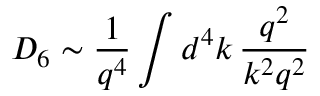
D _ { 6 } \sim \frac { 1 } { q ^ { 4 } } \int d ^ { 4 } k \, \frac { q ^ { 2 } } { k ^ { 2 } q ^ { 2 } }